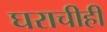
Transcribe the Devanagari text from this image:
घराचीही